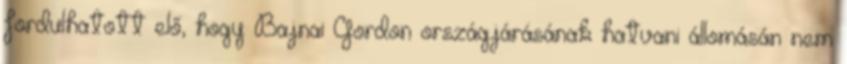
fordulhatott elő, hogy Bajnai Gordon országjárásának hatvani állomásán nem